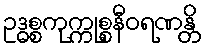
ဥဒ္ဓစ္စကုက္ကုစ္စနီဝရဏန္တိ